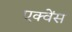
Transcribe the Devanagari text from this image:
एक्वेंस